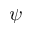
\psi